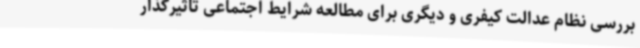
بررسی نظام عدالت کیفری و دیگری برای مطالعه شرایط اجتماعی تاثیرگذار